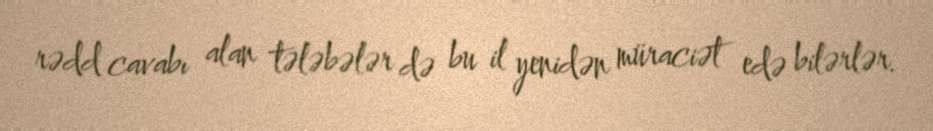
rədd cavabı alan tələbələr də bu il yenidən müraciət edə bilərlər.